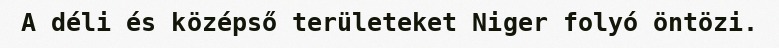
A déli és középső területeket Niger folyó öntözi.